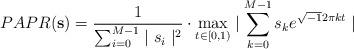
LaTeX: \begin{align*}PAPR (\mathbf{s}) = \frac{1}{\sum_{i=0}^{M-1}\mid s_{i}\mid ^2} \cdot \max_{t\in [0,1)} \mid \sum_{k=0}^{M-1} s_{k} e^{\sqrt{-1}2\pi k t} \mid \end{align*}